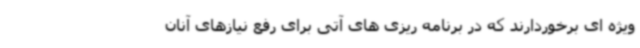
ویژه ای برخوردارند که در برنامه ریزی های آتی برای رفع نیازهای آنان